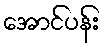
အောင်ပန်း